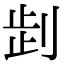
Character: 𠜶